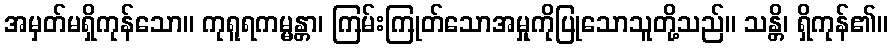
အမှတ်မရှိကုန်သော။ ကုရူရကမ္မန္တာ၊ ကြမ်းကြုတ်သောအမှုကိုပြုသောသူတို့သည်။ သန္တိ၊ ရှိကုန်၏။